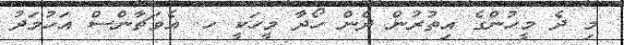
މި ދެ މީހުންގެ އިތުރުން ދެން ހޯދާ މީހަކީ ހ. އެވަޗާންސް އަހުމަދު